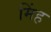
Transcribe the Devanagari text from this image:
मिंह